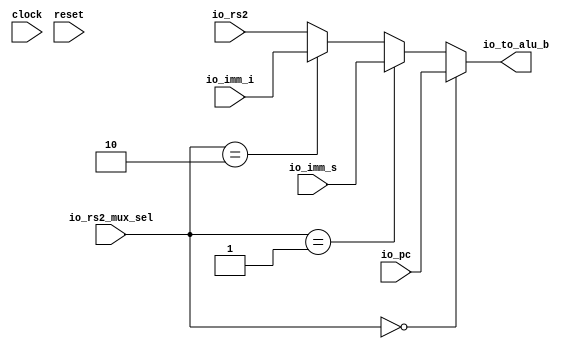
`ifdef RANDOMIZE_GARBAGE_ASSIGN
`define RANDOMIZE
`endif
`ifdef RANDOMIZE_INVALID_ASSIGN
`define RANDOMIZE
`endif
`ifdef RANDOMIZE_REG_INIT
`define RANDOMIZE
`endif
`ifdef RANDOMIZE_MEM_INIT
`define RANDOMIZE
`endif

module alu_rs2_mux(
  input   clock,
  input   reset,
  input  [31:0] io_pc,
  input  [31:0] io_imm_s,
  input  [31:0] io_imm_i,
  input  [31:0] io_rs2,
  input  [1:0] io_rs2_mux_sel,
  output [31:0] io_to_alu_b
);
  wire  T_14;
  wire  T_15;
  wire  T_16;
  wire [31:0] T_19;
  wire [31:0] T_20;
  wire [31:0] T_21;
  assign io_to_alu_b = T_21;
  assign T_14 = io_rs2_mux_sel == 2'h0;
  assign T_15 = io_rs2_mux_sel == 2'h1;
  assign T_16 = io_rs2_mux_sel == 2'h2;
  assign T_19 = T_16 ? io_imm_i : io_rs2;
  assign T_20 = T_15 ? io_imm_s : T_19;
  assign T_21 = T_14 ? io_pc : T_20;
endmodule